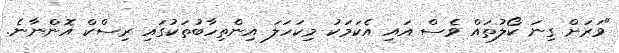
"ވަރަށް ގިނަ ކޯލުތައް ވެސް އައި އެކަމަކު މިކަހަލަ އިންތިހާބުތަކުގައި ރިސްކް އޮންނާނެ.